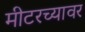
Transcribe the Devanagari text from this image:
मीटरच्यावर